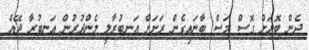
ދެން ބޮޔަށް ގޮސް މަސް ބާނައިގެން ރަށަށް އަނބުރާލީ މެންދުރުން އަނބުރާ ދޭއް